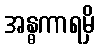
အန္ဓကာရမှိ